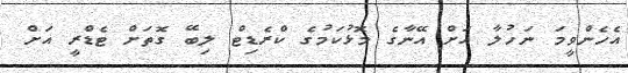
އެހެންވީމަ ނަހުލާ އަށް އޭނާގެ މޮޅުކަމުގެ ކްރެޑިޓް ލިބޭ ގޮތަށް ޓެޑްރީ އަށް